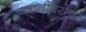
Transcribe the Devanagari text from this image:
प्रजातीबरोबर